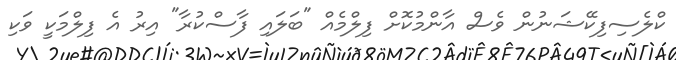
ކްލެސިފިކޭޝަނުން ވެސް އާންމުކޮށް ފިލްމެއް "ބަލައި ފާސްކުރާ" އިރު އެ ފިލްމަކީ ވަކި